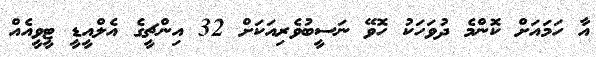
އާ ހަމައަށް ކޮންމެ ދުވަހަކު ހޮވޭ ނަސީބުވެރިއަކަށް 32 އިންޗީގެ އެލްއީޑީ ޓީވީއެއް